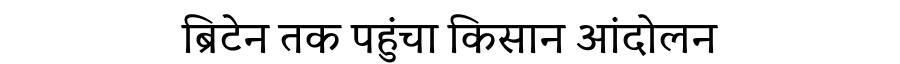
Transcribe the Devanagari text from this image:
ब्रिटेन तक पहुंचा किसान आंदोलन